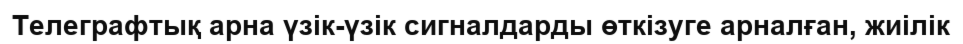
Телеграфтық арна үзік-үзік сигналдарды өткізуге арналған, жиілік